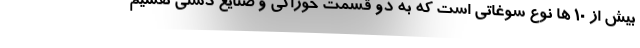
بیش از 10 ها نوع سوغاتی است که به دو قسمت خوراکی و صنایع دستی تقسیم